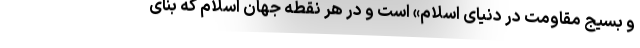
و بسیج مقاومت در دنیای اسلام» است و در هر نقطه جهان اسلام که بنای